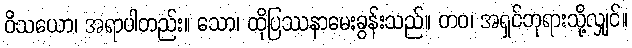
ဝိသယော၊ အရာပါတည်း။ သော၊ ထိုပြဿနာမေးခွန်းသည်။ တဝ၊ အရှင်ဘုရားသို့လျှင်။